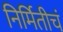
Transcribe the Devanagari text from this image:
निर्मितीचं